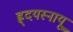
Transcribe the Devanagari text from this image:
ह्र्दयस्नायू